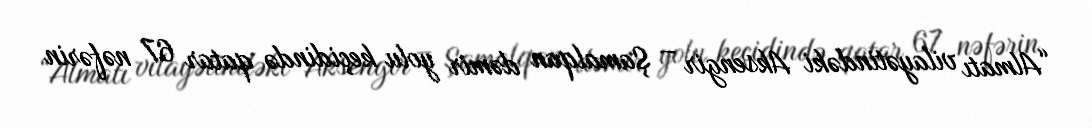
“Almatı vilayətindəki Aksengir – Şamalqan dəmir yolu keçidində qatar 67 nəfərin